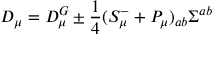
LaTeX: D _ { \mu } = D _ { \mu } ^ { G } \pm \frac 1 4 ( S _ { \mu } ^ { - } + P _ { \mu } ) _ { a b } \Sigma ^ { a b }